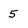
Character: 5